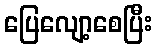
ပြေလျော့စေပြီး